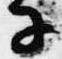
子